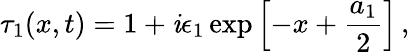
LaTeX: \tau_{1}(x,t)=1+\mathit{i}\epsilon_{1}\exp\left[-x+\frac{{a_{1}}}{{2}}\right]\, ,